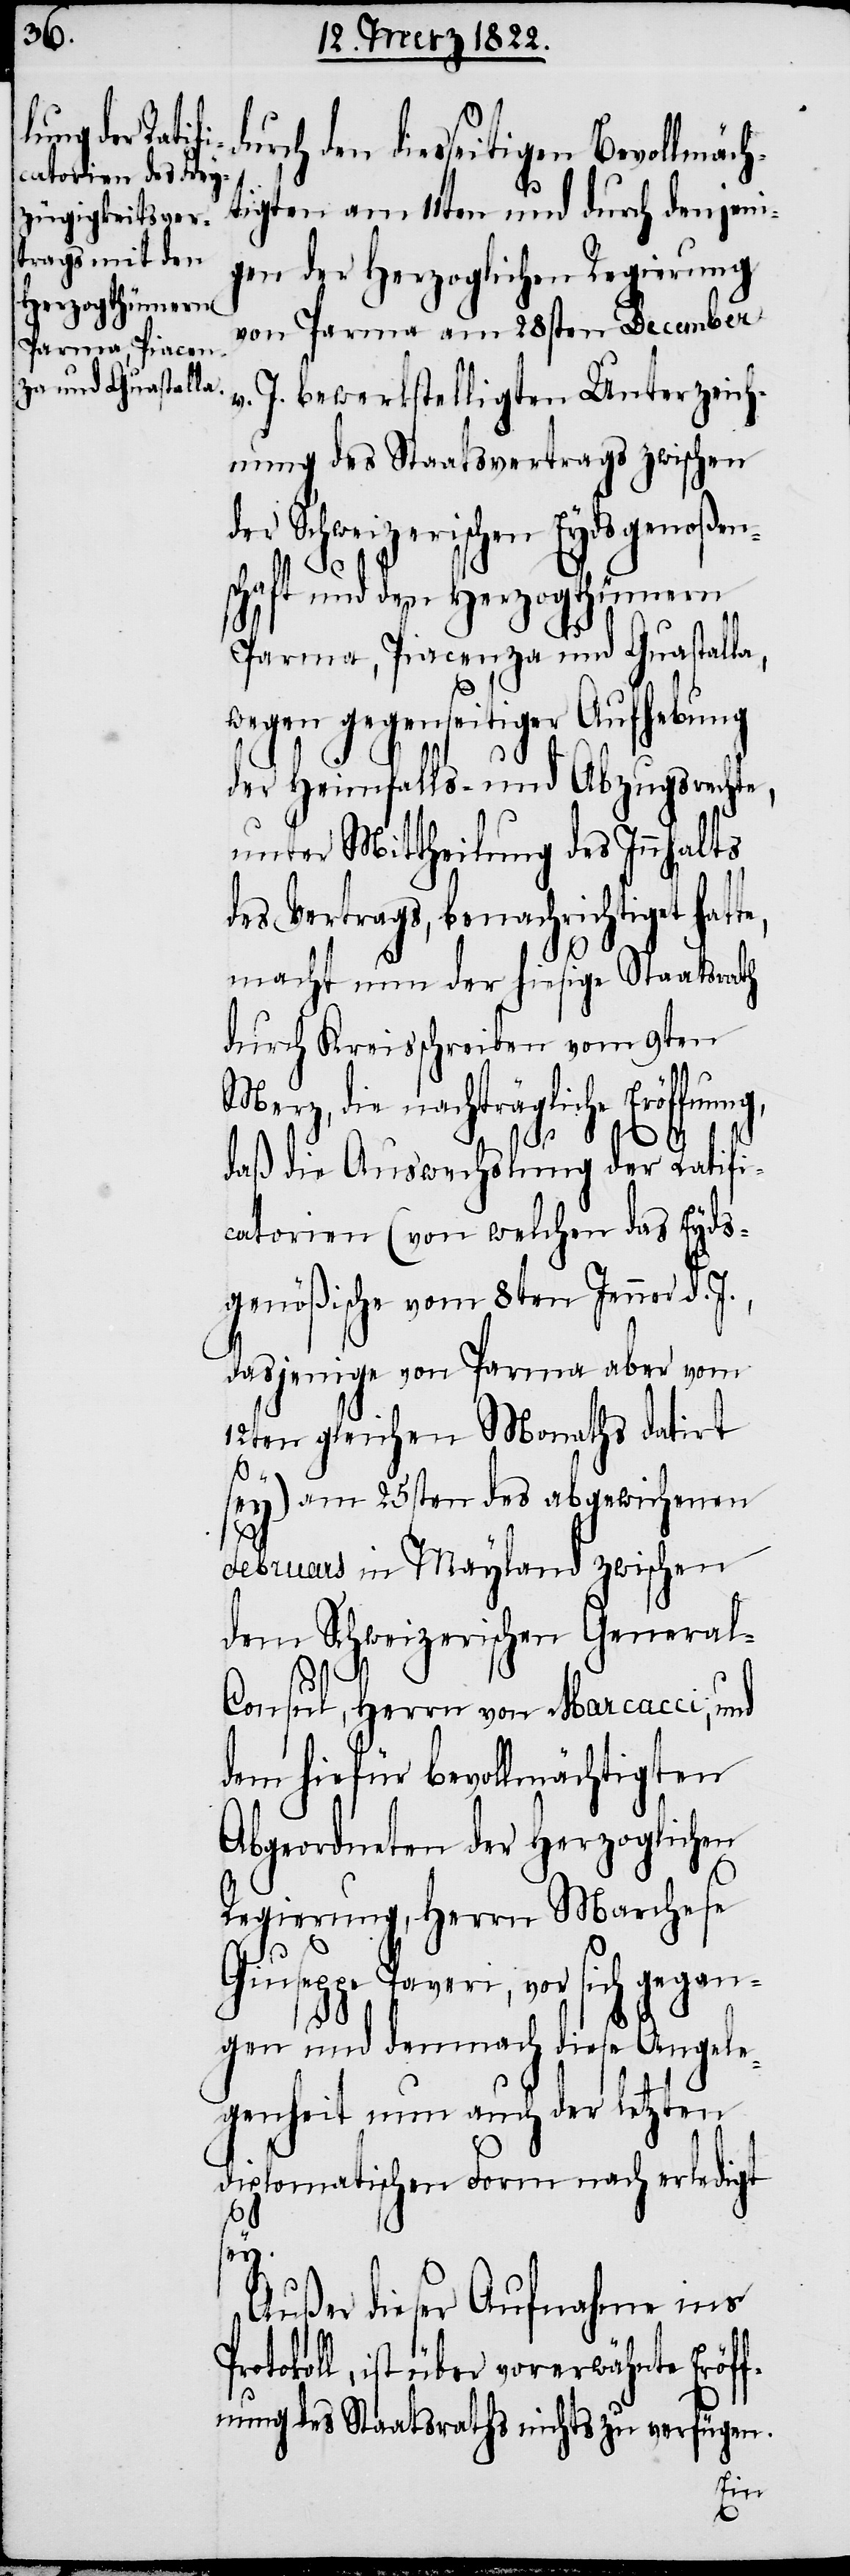
urch den dießseitigen Bevollmäch¬
tigten am 11ten und durch denjeni¬
gen der Herzoglichen Regierung
von Parma am 28sten December
v. J. bewerkstelligten Unterzeich¬
nung des Staatsvertrags zwischen
der Schweizerischen Eydsgenoßen¬
schaft und den Herzogthümern
Parma, Piacenza und Guastalla,
wegen gegenseitiger Aufhebung
der Heimfalls- und Abzugsrechte,
unter Mittheilung des Innhalts
des Vertrags, benachrichtiget hat¬
macht nun der hiesige Staatsrath
durch Kreisschreiben vom 9ten
Merz, die nachträgliche Eröffnung,
d¬
daß die Auswechslung der Ratifi¬
catorien (von welchen das Eyds¬
genößische vom 8ten Jenner d.
dasjenige von Parma aber vom
12ten gleichen Monaths datirt
sey) am 25ten des abgewichenen
Pro¬
Februars in Mayland zwischen
dem Schweizerischen Genera¬
l-Consul, Herrn von Marcacci, und
dem hiefür bevollmächtigten
Abgeordneten der Herzoglichen
Regierung, Herrn Marchese
Giuseppe Paveri, vor sich gegan¬
gen und demnach diese Angele¬
genheit nun auch der letzten
diplomatischen Form nach erledigt
sey.
Außer dieser Aufnahme ins
tokoll, ist über vorerwähnte Eröf¬
fnung des Staatsraths nichts zu verfügen.